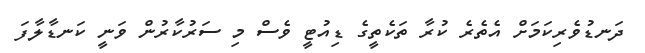
ދަނޑުވެރިކަމަށް އެތެރެ ކުރާ ތަކެތީގެ ޑިއުޓީ ވެސް މި ސަރުކާރުން ވަނީ ކަނޑާލާފަ